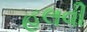
હલવી